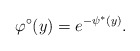
\begin{align*} \varphi^\circ (y) = e^{- \psi^* (y) }. \end{align*}